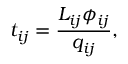
t _ { i j } = \frac { L _ { i j } \phi _ { i j } } { q _ { i j } } ,